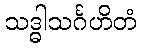
သဒ္ဓါသင်္ဂဟိတံ